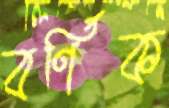
বর্ণিক